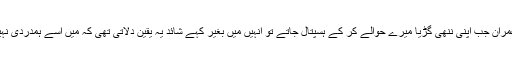
عظمی اور عمران جب اپنی ننھی گڑیا میرے حوالے کر کے ہسپتال جاتے تو انہیں میں بغیر کہے شائد یہ یقین دلاتی تھی کہ میں اسے ہمدردی نہیں دے رہی ۔